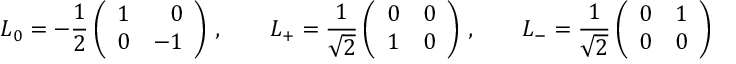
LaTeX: L _ { 0 } = - \frac { 1 } { 2 } \left( \begin{array} { r r } { { 1 } } & { { 0 } } \\ { { 0 } } & { { - 1 } } \end{array} \right) \, , \qquad L _ { + } = \frac { 1 } { \sqrt { 2 } } \left( \begin{array} { r r } { { 0 } } & { { 0 } } \\ { { 1 } } & { { 0 } } \end{array} \right) \, , \qquad L _ { - } = \frac { 1 } { \sqrt { 2 } } \left( \begin{array} { r r } { { 0 } } & { { 1 } } \\ { { 0 } } & { { 0 } } \end{array} \right)